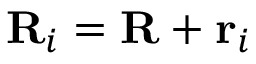
\mathbf { R } _ { i } = \mathbf { R } + \mathbf { r } _ { i }